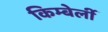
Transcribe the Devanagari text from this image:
किम्बेर्ली